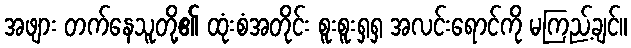
အဖျား တက်နေသူတို့၏ ထုံးစံအတိုင်း စူးစူးရှရှ အလင်းရောင်ကို မကြည့်ချင်။